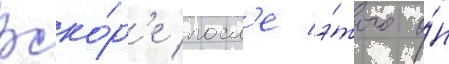
Вско́р'е посл'е э́того о́н